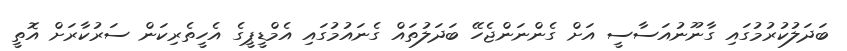
ބަދަލުކުރުމުގައި ގާނޫނުއަސާސީ އަށް ގެންނަންޖެހޭ ބަދަލުތައް ގެނައުމުގައި އެމްޑީޕީގެ އެހީތެރިކަން ސަރުކާރަށް އޮތީ